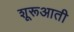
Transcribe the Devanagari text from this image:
शूरूआती